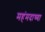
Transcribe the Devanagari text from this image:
महंमदाच्या